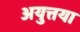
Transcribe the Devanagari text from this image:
अयुत्तया